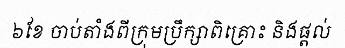
៦ខែ ចាប់តាំងពីក្រុមប្រឹក្សាពិគ្រោះ និងផ្តល់